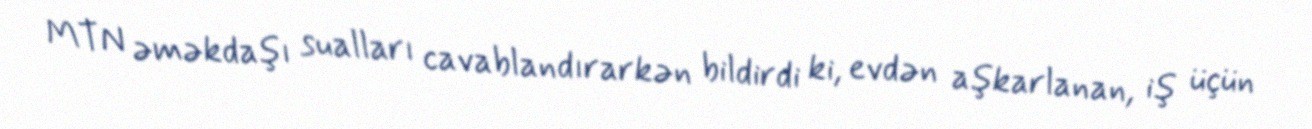
MTN əməkdaşı sualları cavablandırarkən bildirdi ki, evdən aşkarlanan, iş üçün